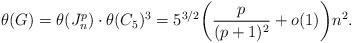
LaTeX: \begin{align*}\theta(G)=\theta(J_{n}^p)\cdot\theta(C_5)^3= 5^{3/2}\biggl({p\over(p+1)^2}+o(1)\biggr)n^2.\end{align*}